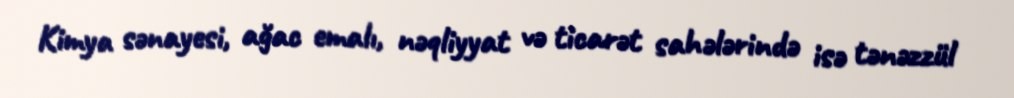
Kimya sənayesi, ağac emalı, nəqliyyat və ticarət sahələrində isə tənəzzül